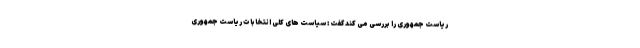
ریاست جمهوری را بررسی می کند گفت : سیاست های کلی انتخابات ریاست جمهوری